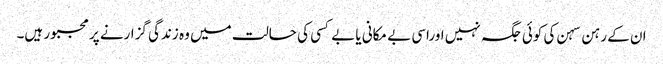
ان کے رہن سہن کی کوئی جگہ نہیں اوراسی بے مکانی یا بے کسی کی حالت میں وہ زندگی گزارنے پر مجبور ہیں۔